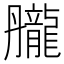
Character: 𪚘